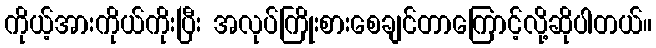
ကိုယ့်အားကိုယ်ကိုးပြီး အလုပ်ကြိုးစားစေချင်တာကြောင့်လို့ဆိုပါတယ်။